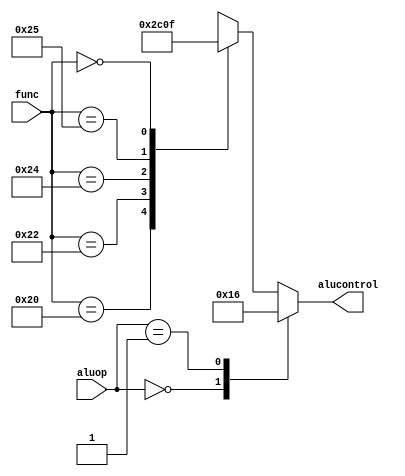
module aludec(func, aluop, alucontrol);

input [5:0] func;
input [1:0] aluop;
output reg [2:0] alucontrol;

always @(aluop, func)
begin
	case (aluop)
		2'b00: alucontrol <= 3'b010;	// add
		2'b01: alucontrol <= 3'b110;  // sub
		default: case (func)	// R-TYPE
			6'b100000: alucontrol <= 3'b010;	// add
			6'b100010: alucontrol <= 3'b110;	// sub
			6'b100100: alucontrol <= 3'b000;	// and
			6'b100101: alucontrol <= 3'b001;	// or
			6'b000000: alucontrol <= 3'b111;	// sll
			default: alucontrol <= 3'bxxx; // ???
	   endcase
	endcase
end

endmodule